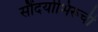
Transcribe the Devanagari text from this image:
सौंदर्याभिरूची